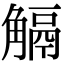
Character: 𧤜